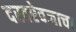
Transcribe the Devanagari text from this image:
दस्तऐवजाचा